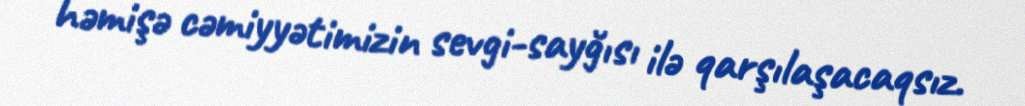
həmişə cəmiyyətimizin sevgi-sayğısı ilə qarşılaşacaqsız.